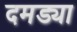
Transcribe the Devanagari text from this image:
दमड्या